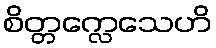
စိတ္တက္လေသေဟိ